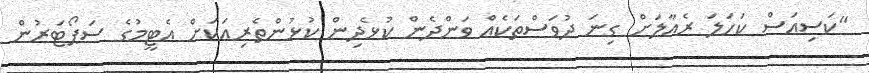
"ކަސިއަސް ކަހަލަ ރެއާލަށް ގިނަ ދުވަސްތަކެއް ވަންދެން ކުޅެދިން ކުޅުންތެރިއަކަށް އެޓީމުގެ ސަޕޯޓަރުން